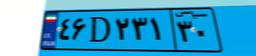
۴۶D۲۳۱۳۰